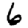
Digit: 6